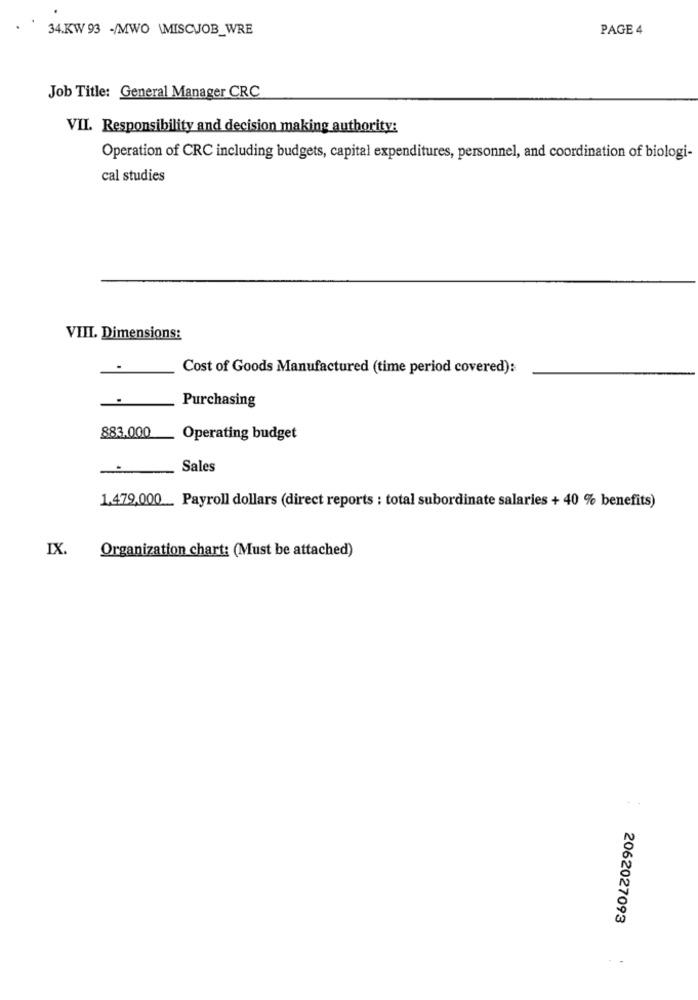
34.KW 93 -/MWO \MISCJOB_WRE
PAGE 4
Job Title: General Manager CRC
VII. Responsibility and decision making authority:
Operation of CRC including budgets, capital expenditures, personnel, and coordination of biologi-
cal studies
VIII. Dimensions:
Cost of Goods Manufactured (time period covered):
Purchasing
883,000
Operating budget
Sales
1.479,000 ___ Payroll dollars (direct reports : total subordinate salaries + 40 % benefits)
IX.
Organization chart: (Must be attached)
2062027093